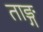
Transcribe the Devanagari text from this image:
ताङ्ग